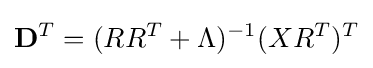
\mathbf {D} ^{T}=(RR^{T}+\Lambda )^{-1}(XR^{T})^{T}